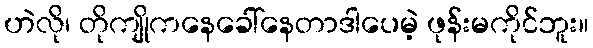
ဟဲလို၊ တိုကျိုကနေခေါ်နေတာဒါပေမဲ့ ဖုန်းမကိုင်ဘူး။